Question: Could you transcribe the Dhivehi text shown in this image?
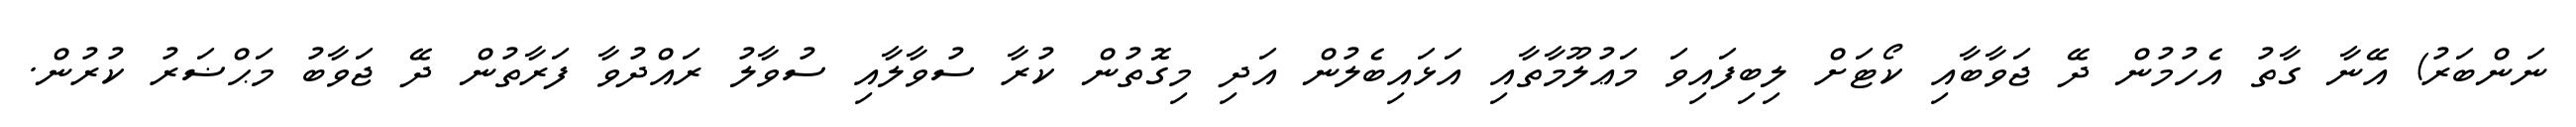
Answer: ނަންބަރު) އޭނާ ގާތު އެހުމުން ދޭ ޖަވާބާއި ކޯޓަށް ލިބިފައިވަ މަޢުލޫމާތާއި އަޅައިބެލުން އަދި މިގޮތުން ކުރާ ސުވާލާއި ސުވާލު ރައްދުވާ ފަރާތުން ދޭ ޖަވާބު މަޙްޟަރު ކުރުން.